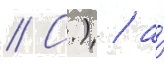
// С.) / а́